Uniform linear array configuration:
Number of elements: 8
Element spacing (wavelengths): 1
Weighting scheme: uniform
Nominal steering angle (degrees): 60
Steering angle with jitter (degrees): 60.465
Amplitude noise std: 0.05
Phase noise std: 0.05

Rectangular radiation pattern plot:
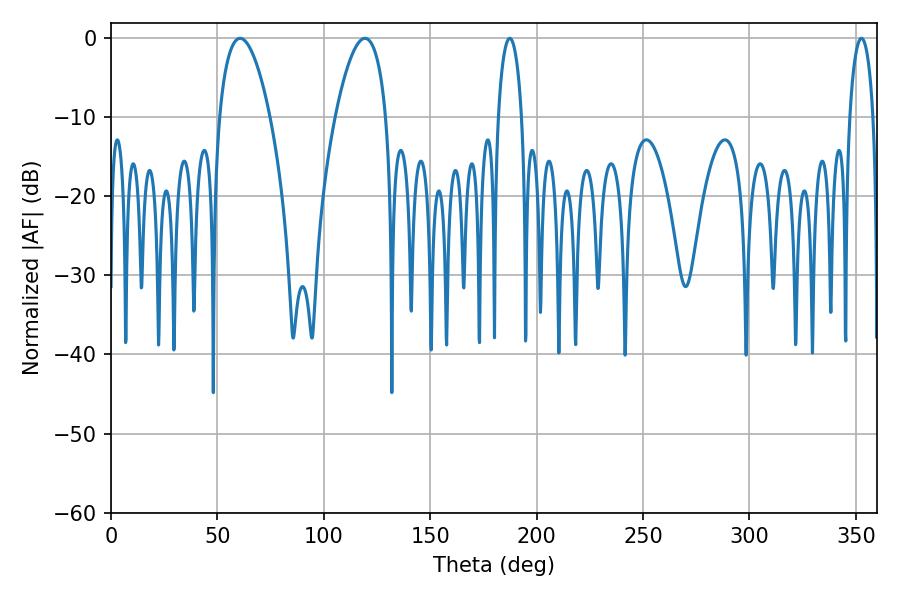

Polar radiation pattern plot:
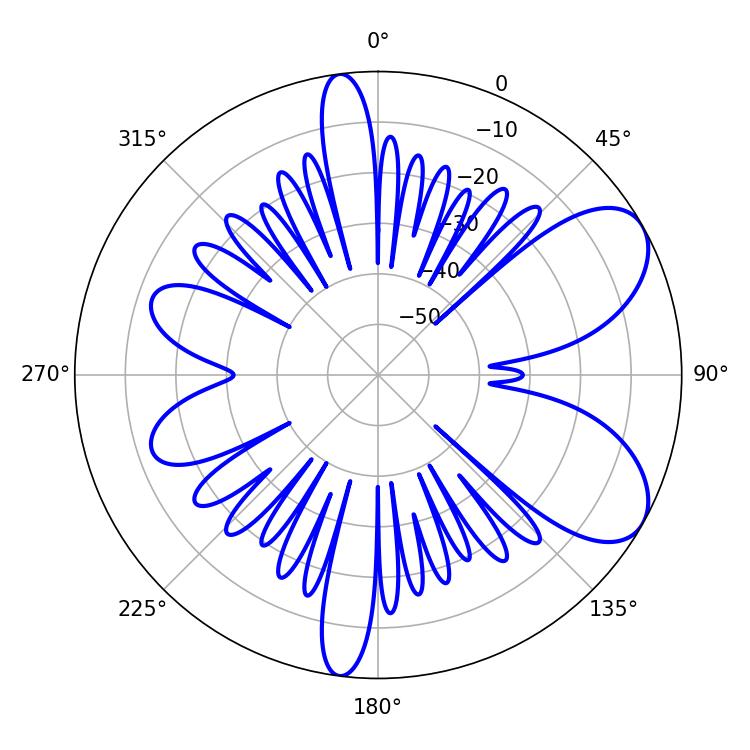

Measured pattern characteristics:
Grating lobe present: TRUE
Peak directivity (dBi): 7.233
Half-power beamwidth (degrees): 13.32
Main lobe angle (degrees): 60.66